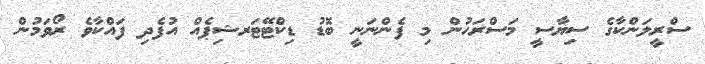
ސްރީލަންކާގެ ސިޔާސީ މަސްރަހުން މި ފެންނަނީ ބޮޑު ޑިކްޓޭޓަރޝިޕެއް އުފެދި ފައްކާވެ ރޯވަމުން